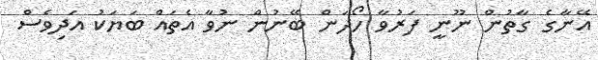
އޭނާގެ ގާތުން ނޫނީ ފަރުވާ ހޯދަން ބޭނުން ނުވާ އެތައް ބަޔަކު އަދިވެސް